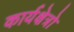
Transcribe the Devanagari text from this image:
कार्यक्षेत्रो